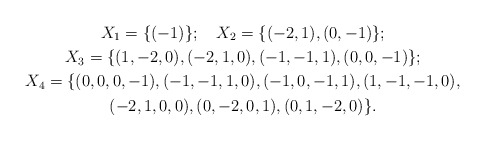
\begin{gather*}X_1=\{(-1)\};\quad X_2=\{(-2,1),(0,-1)\};\\X_3=\{(1,-2,0),(-2,1,0),(-1,-1,1),(0,0,-1)\};\\X_4=\{(0,0,0,-1),(-1,-1,1,0),(-1,0,-1,1),(1,-1,-1,0),\\(-2,1,0,0),(0,-2,0,1),(0,1,-2,0)\}.\end{gather*}